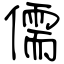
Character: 儒